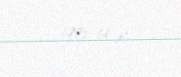
1993-ci il